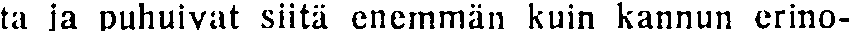
ta ja puhuivat siitä enemmän kuin kannun erino-